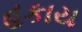
હકાય